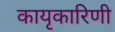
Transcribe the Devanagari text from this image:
कायृकारिणी